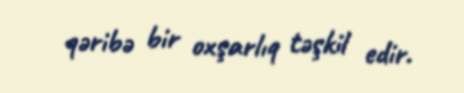
qəribə bir oxşarlıq təşkil edir.